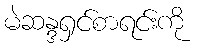
မဲဆန္ဒရှင်စာရင်းကို